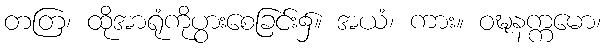
တတြ၊ ထိုအာရုံကိုပွားစေခြင်း၌။ အယံ၊ ကား။ ဝဍ္ဎနက္ကမော၊